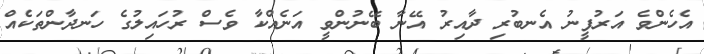
އެހެންވެ އަރުފީނު އެނބުރި ދާއިރު އޭނާ ބޭނުންވީ އަނެއްކާ ވެސް ރުހައިލުގެ ހަނދާންތަކެއް